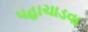
પહાચાડવા